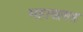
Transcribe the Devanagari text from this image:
महाखण्ड